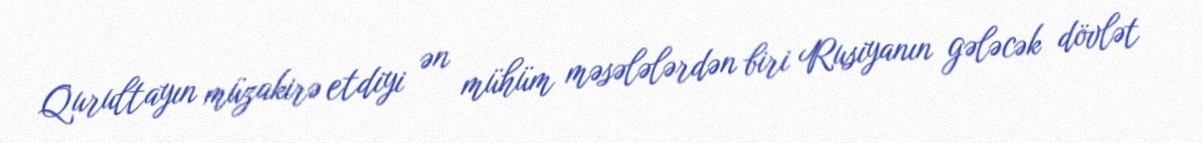
Qurultayın müzakirə etdiyi ən mühüm məsələlərdən biri Rusiyanın gələcək dövlət